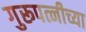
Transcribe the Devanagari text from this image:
गुरूपत्नीच्या